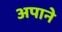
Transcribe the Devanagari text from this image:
अपाने